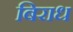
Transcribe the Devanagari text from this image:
बिराध